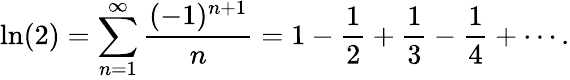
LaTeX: \ln(2)=\sum_{n=1}^{\infty}{\frac{(-1)^{n+1}}{n}}=1-{\frac{1}{2}}+{\frac{1}{3}}-{\frac{1}{4}}+\cdots.